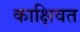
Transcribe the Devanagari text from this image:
काक्षिवत